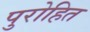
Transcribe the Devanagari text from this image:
पुरोहित